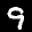
Label: 9